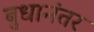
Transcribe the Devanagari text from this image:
बुधानंतर